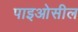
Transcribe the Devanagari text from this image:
पाइओसील